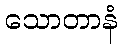
သောတာနံ